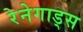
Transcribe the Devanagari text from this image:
रेनेगाड्स